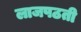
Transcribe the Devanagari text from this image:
लाजपठती